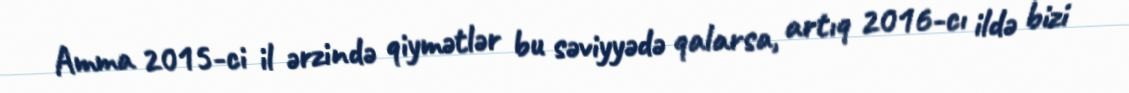
Amma 2015-ci il ərzində qiymətlər bu səviyyədə qalarsa, artıq 2016-cı ildə bizi